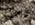
وجيه